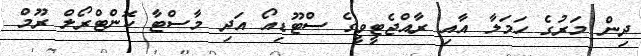
ދިން މަރުގެ ހަމަލާ އާއި ރާއްޖެޓީވީގެ ސްޓޫޑިއޯ އަދި މާސްޓާ ކޮންޓްރޯލް ރޫމް